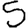
Digit: 5